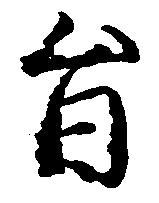
旨